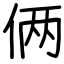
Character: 俩